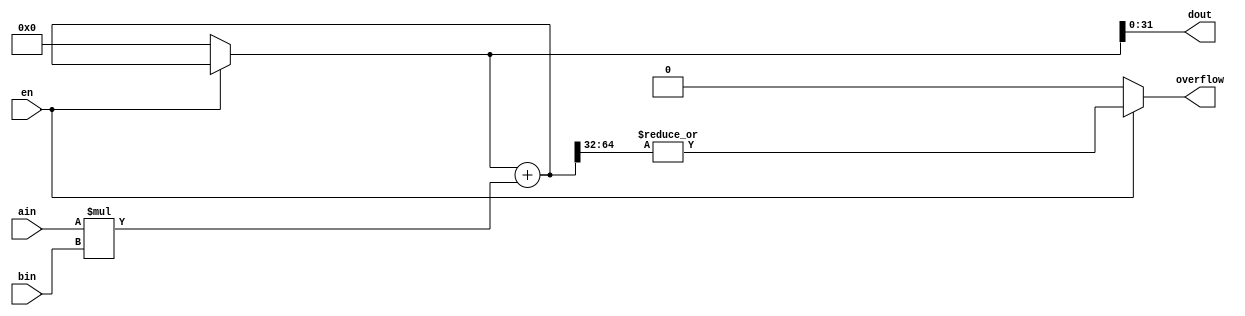
`timescale 1ns / 1ps
//////////////////////////////////////////////////////////////////////////////////
// Company: 
// Engineer: 
// 
// Design Name: 
// Module Name: my_mac
// Project Name: 
// Target Devices: 
// Tool Versions: 
// Description: 
// 
// Dependencies: 
// 
// Revision:
// Revision 0.01 - File Created
// Additional Comments:
// 
//////////////////////////////////////////////////////////////////////////////////


module my_mac(
  ain,
  bin,
  en,
  dout,
  overflow  
);
    parameter BITWIDTH = 32;
    
    input [BITWIDTH-1:0] ain;
    input [BITWIDTH-1:0] bin;
    input en;
    output [BITWIDTH-1:0] dout;
    output reg overflow;

    reg [64:0] sum = 0;
    
    assign dout = sum[31:0];
    
    always @(en or ain or bin)
        begin
            if (en) 
            begin
                sum = sum + ain * bin;
                overflow = |sum[64:32];
            end
            else
            begin
                sum = 0;
                overflow = 0;   
            end
        end
endmodule